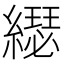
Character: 𦆄